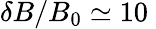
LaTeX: \delta B/B_{0}\simeq 10\